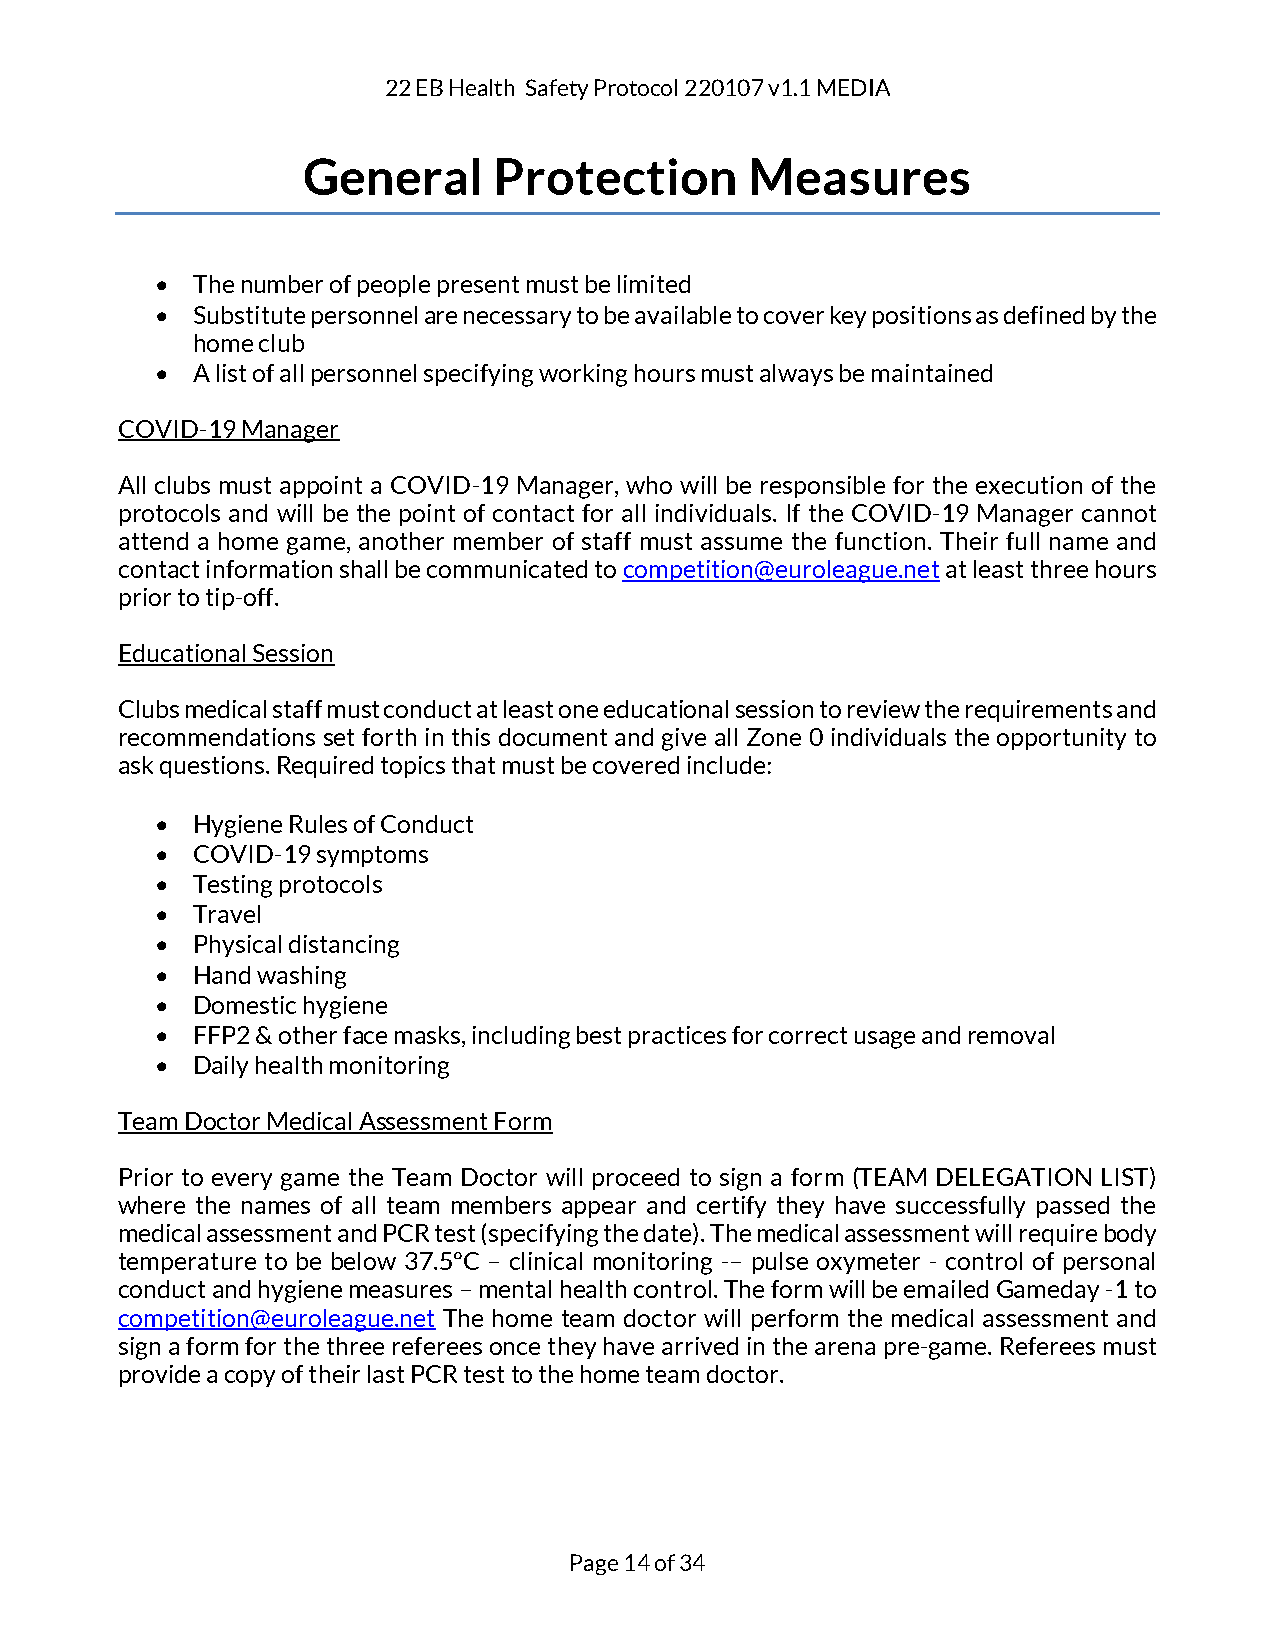
22 EB Health Safety Protocol 220107 v1.1 MEDIA
 General      Protection       Measures
 •  The number of people present must be limited
 •  Substitute personnel are necessary to be available to cover key positions as defined by the
 home club
 •  A list of all personnel specifying working hours must always be maintained
 COVID-19 Manager
 All clubs must appoint a COVID-19 Manager, who will be responsible for the execution of the
 protocols and will be the point of contact for all individuals. If the COVID-19 Manager cannot
 attend a home game, another member of staff must assume the function. Their full name and
 contact information shall be communicated to competition@euroleague.net at least three hours
 prior to tip-off.
 Educational Session
 Clubs medical staff must conduct at least one educational session to review the requirements and
 recommendations set forth in this document and give all Zone 0 individuals the opportunity to
 ask questions. Required topics that must be covered include:
 •  Hygiene Rules of Conduct
 •  COVID-19 symptoms
 •  Testing protocols
 •  Travel
 •  Physical distancing
 •  Hand washing
 •  Domestic hygiene
 •  FFP2 & other face masks, including best practices for correct usage and removal
 •  Daily health monitoring
 Team Doctor Medical Assessment Form
 Prior to every game the Team Doctor will proceed to sign a form (TEAM DELEGATION LIST)
 where the names of all team members appear and certify they have successfully passed the
 medical assessment and PCR test (specifying the date). The medical assessment will require body
 temperature to be below 37.5ºC – clinical monitoring -– pulse oxymeter - control of personal
 conduct and hygiene measures – mental health control. The form will be emailed Gameday -1 to
 competition@euroleague.net The home team doctor will perform the medical assessment and
 sign a form for the three referees once they have arrived in the arena pre-game. Referees must
 provide a copy of their last PCR test to the home team doctor.
 Page 14 of 34